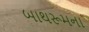
બાથરૂમના